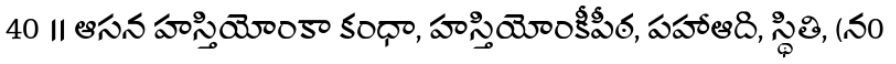
40 ॥ ఆసన హస్తియోంకా కంధా, హస్తియోంకీపీఠ, పహాఆది, స్థితి, (న0